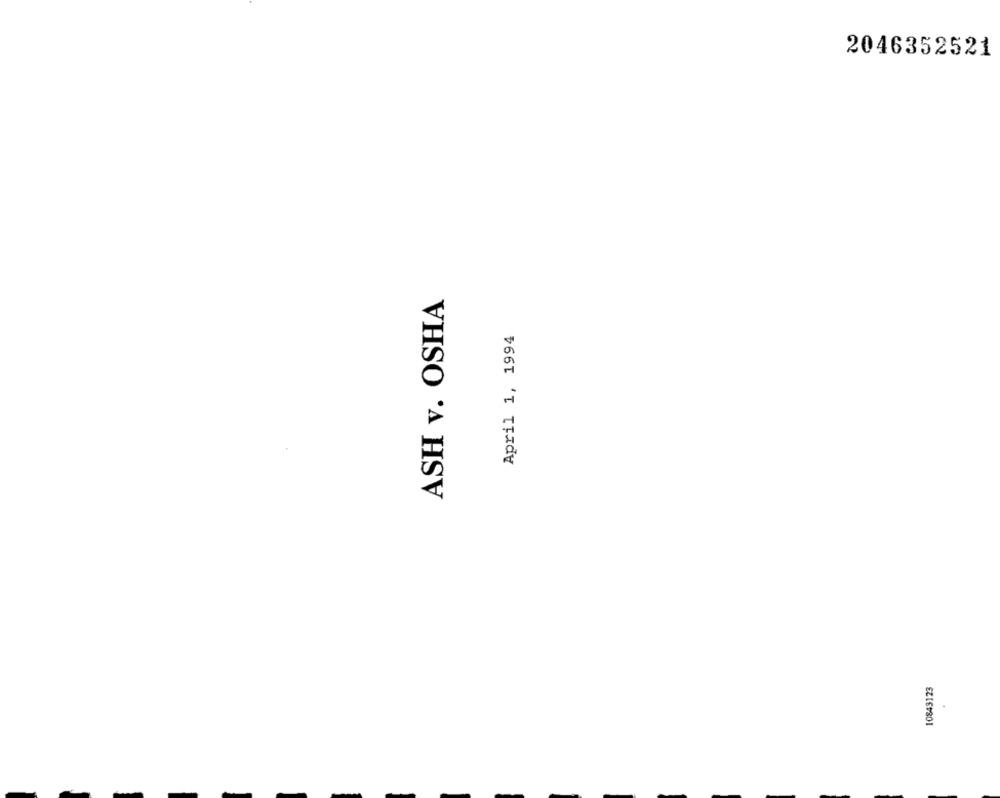
2046352521
ASH v. OSHA
April 1, 1994
10843123